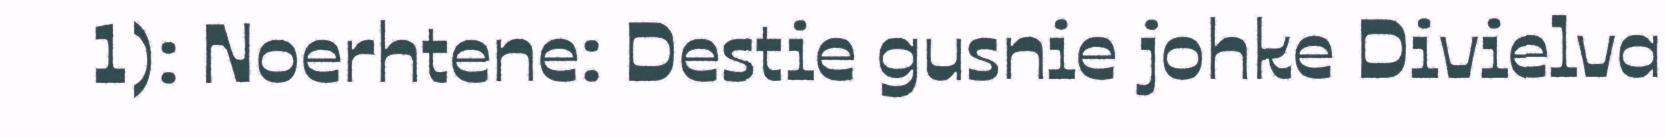
1): Noerhtene: Destie gusnie johke Divielva